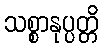
သစ္စာနုပ္ပတ္တိ